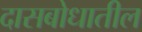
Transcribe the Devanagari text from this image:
दासबोधातील